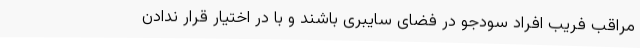
مراقب فریب افراد سودجو در فضای سایبری باشند و با در اختیار قرار ندادن